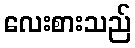
လေးစားသည်